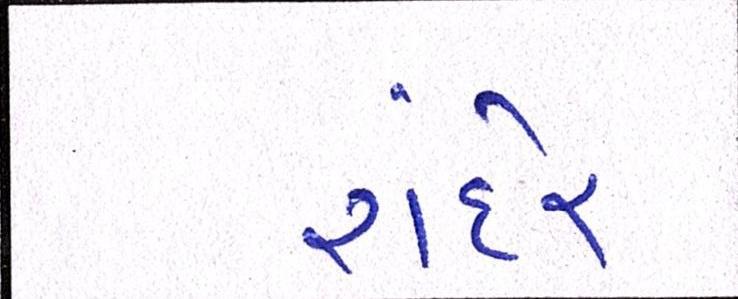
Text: રાંદેર